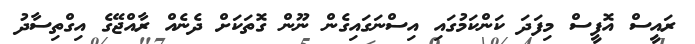
ރައީސް އޮފީސް މިފަދަ ކަންކަމުގައި އިސްނަގައިގެން ނޫން ގޮތަކަށް ދެނެއް ރާއްޖޭގެ އިގްތިސާދު